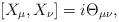
LaTeX: \begin{align*} [X_\mu, X_\nu] = i \Theta_{\mu\nu},\end{align*}